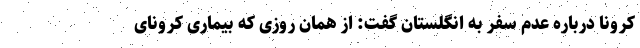
کرونا درباره‌ عدم سفر به انگلستان گفت: از همان روزی که بیماری کرونای